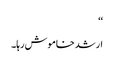
‘‘
ارشد خاموش رہا۔